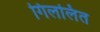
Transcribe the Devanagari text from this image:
गिललित